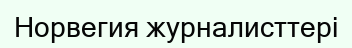
Норвегия журналисттері